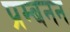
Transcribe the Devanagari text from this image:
प्रम्बनन